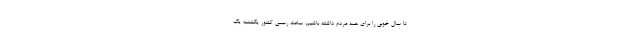
تا سال خوبی را برای همه مردم داشته باشیم. ساعت رسمی کشور یکشنبه یک